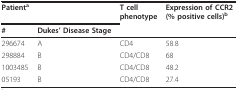
| Patienta |  | T cellphenotype | Expression of CCR2(% positive cells)b |
 | # | Dukes' Disease Stage |  |  |
 | --- | --- | --- | --- |
 | 296674 | A | CD4 | 58.8 |
 | 298884 | B | CD4/CD8 | 68 |
 | 1003485 | B | CD4/CD8 | 48.2 |
 | 05193 | B | CD4/CD8 | 27.4 |